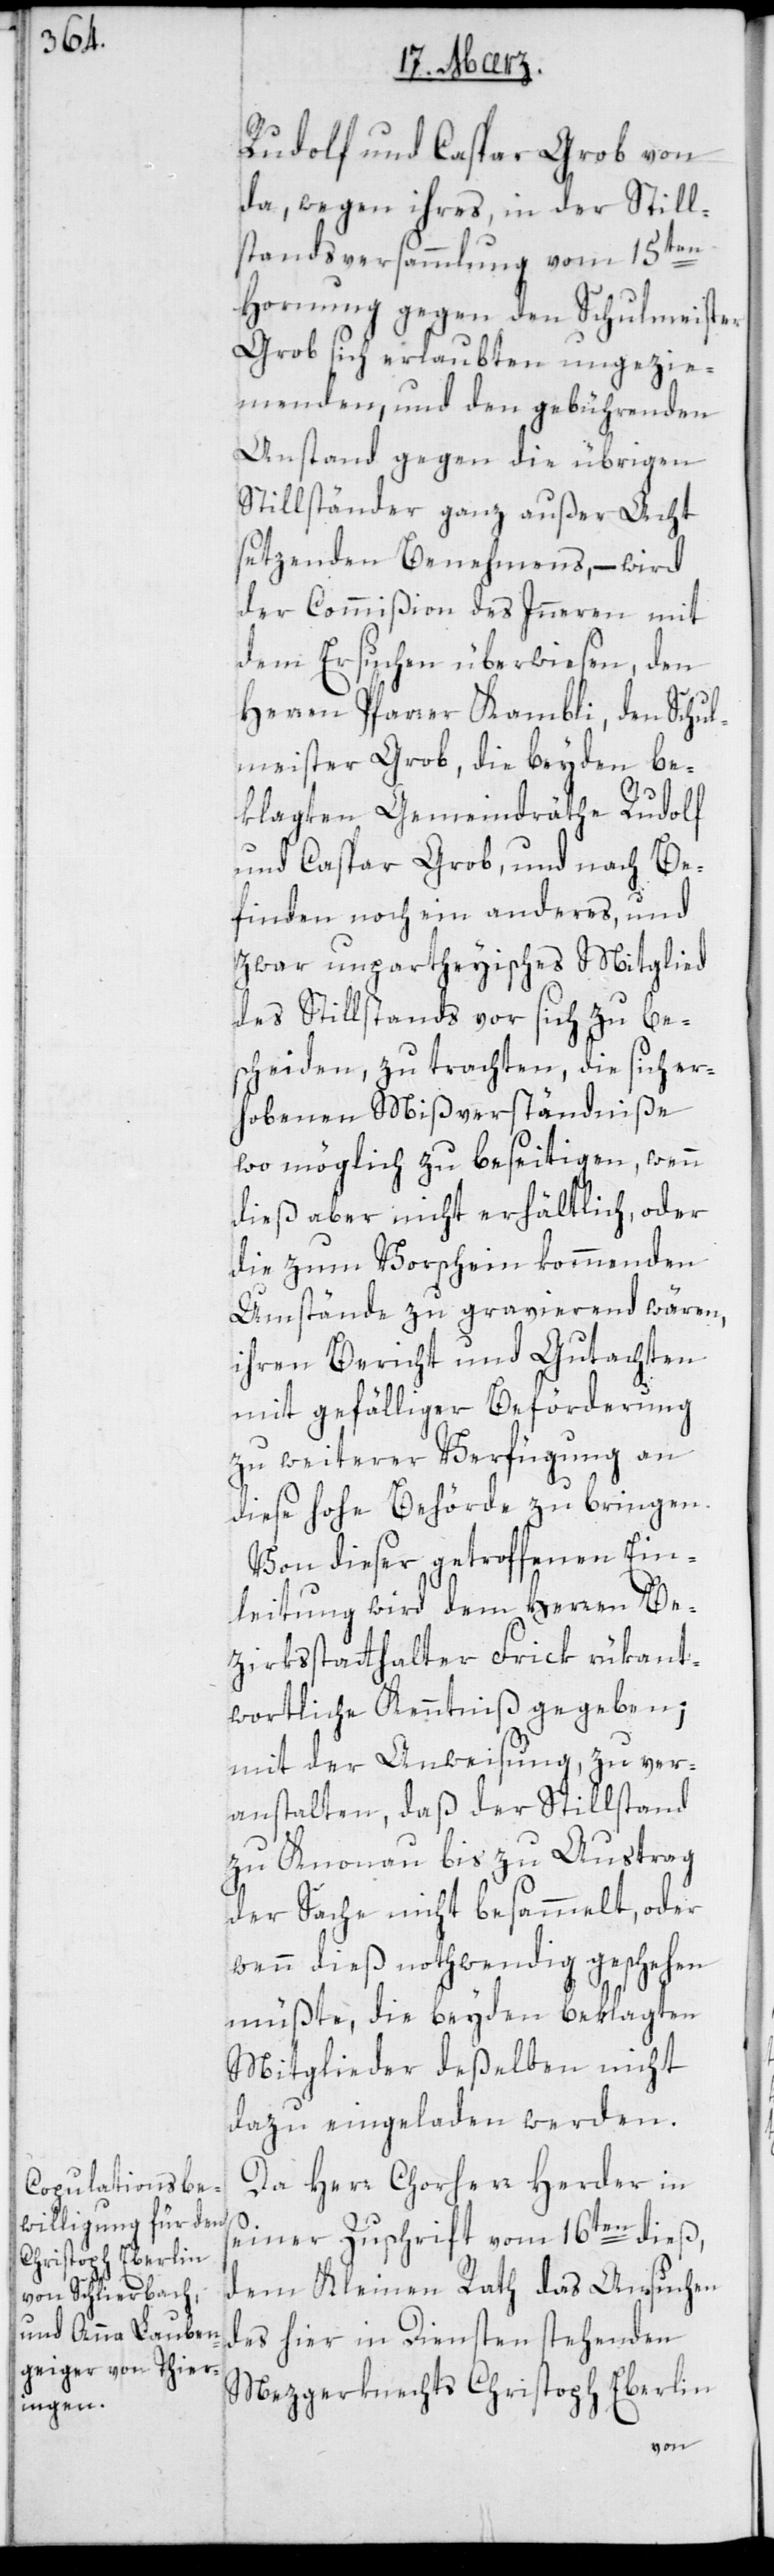
Rudolf und Caspar Grob von
da, wegen ihres, in der Still¬
standsversammlung vom 15ten
Hornung gegen den Schulmeister
Grob sich erlaubten ungezie¬
menden, und den gebührenden
Anstand gegen die übrigen
Stillständer ganz außer Acht
setzenden Benehmens, – wird
der Commißion des Innern mit
dem Ersuchen überwiesen, den
Herren Pfarrer Kambli, den Schul¬
meister Grob, die beyden be¬
klagten Gemeindräthe Rudolf
und Caspar Grob, und nach Be¬
finden noch ein anderes, und
zwar unpartheyisches Mitglied
des Stillstands vor sich zu be¬
scheiden, zu trachten, die sich er¬
hobenen Mißverständniße
wo möglich zu beseitigen, wenn
dies aber nicht erhältlich, oder
die zum Vorschein kommenden
Umstände zu gravierend wären,
ihren Bericht und Gutachten
mit gefälliger Beförderung
zu weiterer Verfügung an
diese hohe Behörde zu bringen.
Von dieser getroffenen Ein¬
leitung wird dem Herren Be¬
zirksstatthalter Frick rükant¬
wortliche Kenntniß gegeben;
mit der Anweisung, zu ver¬
anstalten, daß der Stillstand
zu Knonau bis zu Austrag
der Sache nicht besammelt oder
wenn dieß nothwendig geschehen
müßte, die beyden beklagten
Mitglieder deßelben nicht
dazu eingeladen werden.
Da Herr Chorherr Herder in
seiner Zuschrift vom 16ten dieß,
dem Kleinen Rath das Ansuchen
des hier in Diensten stehenden
Mezgerknechts Christoph Eberlin